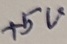
Text: +5V